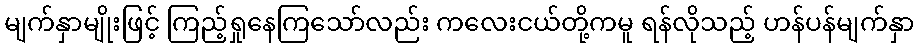
မျက်နှာမျိုးဖြင့် ကြည့်ရှုနေကြသော်လည်း ကလေးငယ်တို့ကမူ ရန်လိုသည့် ဟန်ပန်မျက်နှာ